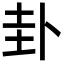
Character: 卦